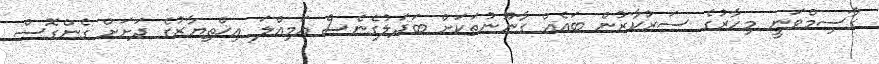
ގާސިމްވަނީ މިހާރުގެ ސަރުކާރުން ބައެއް ގާނޫނުތަކަށް ބަދަލުގެނެސް އަމިއްލަ އިޚްތިޔާރުގެ ދަށަށް ގެންގޮސް